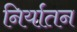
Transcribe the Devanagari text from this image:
निर्यातन